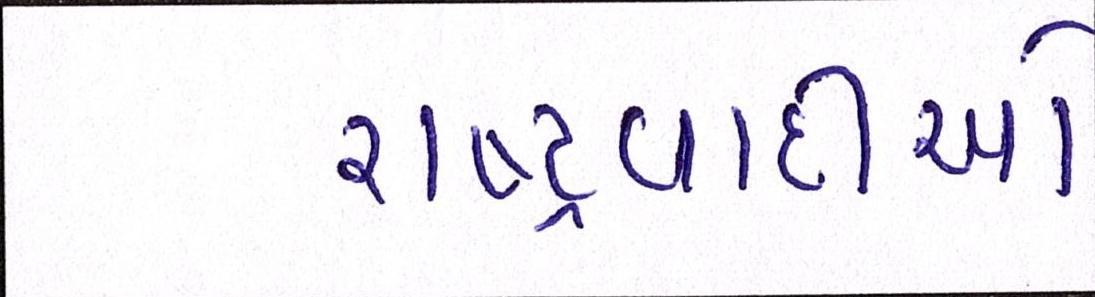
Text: રાષ્ટ્રવાદીઓ